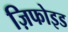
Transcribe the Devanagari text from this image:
ज़िफोइड